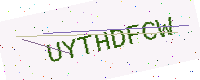
Text: UYTHDFCW